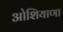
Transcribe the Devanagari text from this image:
ओशियाणा